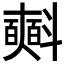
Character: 𣂏